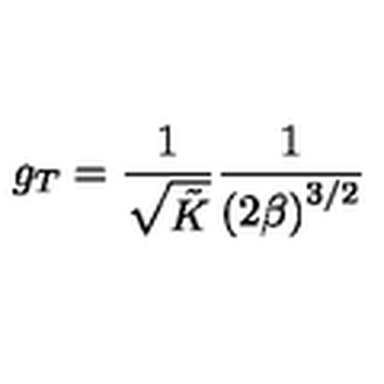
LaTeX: g _ { T } = \frac { 1 } { \sqrt { \tilde { K } } } \frac { 1 } { \left( 2 \beta \right) ^ { 3 / 2 } }